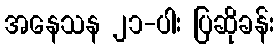
အနေသန ၂၁-ပါး ပြဆိုခန်း